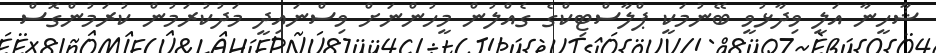
ޝާހީނާ އަލީ ވިދާޅުވީ ބޭނުމަކީ ޕްލާސްޓިކްގެ ގެއްލުން މީހުންނަށް ވިސްނައިދީ މަދުކުރަމުން ކުރަމުންގޮސް